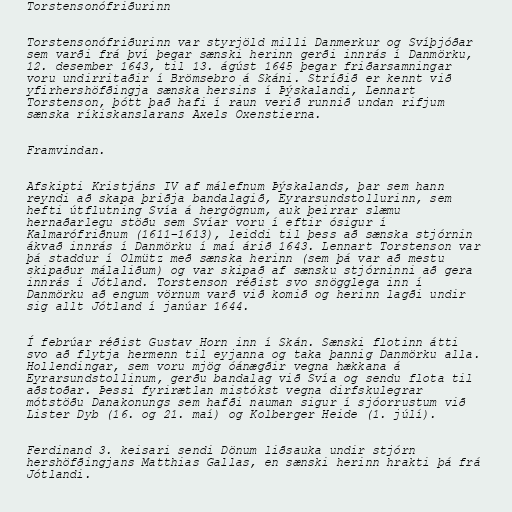
Torstensonófriðurinn

Torstensonófriðurinn var styrjöld milli Danmerkur og Svíþjóðar
sem varði frá því þegar sænski herinn gerði innrás í Danmörku,
12. desember 1643, til 13. ágúst 1645 þegar friðarsamningar
voru undirritaðir í Brömsebro á Skáni. Stríðið er kennt við
yfirhershöfðingja sænska hersins í Þýskalandi, Lennart
Torstenson, þótt það hafi í raun verið runnið undan rifjum
sænska ríkiskanslarans Axels Oxenstierna.

Framvindan.

Afskipti Kristjáns IV af málefnum Þýskalands, þar sem hann
reyndi að skapa þriðja bandalagið, Eyrarsundstollurinn, sem
hefti útflutning Svía á hergögnum, auk þeirrar slæmu
hernaðarlegu stöðu sem Svíar voru í eftir ósigur í
Kalmarófriðnum (1611–1613), leiddi til þess að sænska stjórnin
ákvað innrás í Danmörku í maí árið 1643. Lennart Torstenson var
þá staddur í Olmütz með sænska herinn (sem þá var að mestu
skipaður málaliðum) og var skipað af sænsku stjórninni að gera
innrás í Jótland. Torstenson réðist svo snögglega inn í
Danmörku að engum vörnum varð við komið og herinn lagði undir
sig allt Jótland í janúar 1644.

Í febrúar réðist Gustav Horn inn í Skán. Sænski flotinn átti
svo að flytja hermenn til eyjanna og taka þannig Danmörku alla.
Hollendingar, sem voru mjög óánægðir vegna hækkana á
Eyrarsundstollinum, gerðu bandalag við Svía og sendu flota til
aðstoðar. Þessi fyrirætlan mistókst vegna dirfskulegrar
mótstöðu Danakonungs sem hafði nauman sigur í sjóorrustum við
Lister Dyb (16. og 21. maí) og Kolberger Heide (1. júlí).

Ferdinand 3. keisari sendi Dönum liðsauka undir stjórn
hershöfðingjans Matthias Gallas, en sænski herinn hrakti þá frá
Jótlandi.